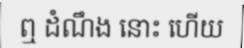
ឮ ដំណឹង នោះ ហើយ